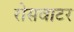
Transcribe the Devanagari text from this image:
रोसवाटर